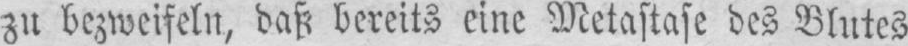
zu bezweifeln, daß bereits eine Metastase des Blutes